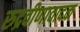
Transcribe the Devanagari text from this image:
रुद्रवीणावादक